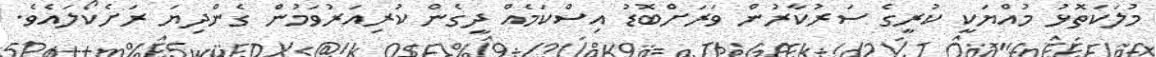
މުލަކަތޮޅު މުއްޔަކީ ކުރީގެ ސަރުކާރުން ވަރަށްބޮޑު އިސްކަމެއް ދީގެން ކުރިއަރުވަމުން ގެންދިޔަ ރަށެކޯލައެވެ.